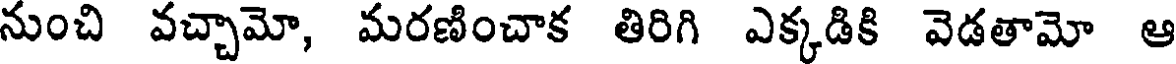
నుంచి వచ్చామో, మరణించాక తిరిగి ఎక్కడికి వెడతామో ఆ